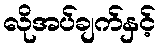
လိုအပ်ချက်နှင့်